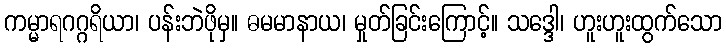
ကမ္မာရဂဂ္ဂရိယာ၊ ပန်းဘဲဖိုမှ။ ဓမမာနာယ၊ မှုတ်ခြင်းကြောင့်။ သဒ္ဒေါ၊ ဟူးဟူးထွက်သော